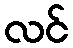
လင်